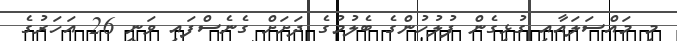
މި މައްސަލައާއި ގުޅިގެން ފުލުހުންގެ ބެލުމުގެ ދަށަށް ގެނެސްފައި ވަނީ 26 އަހަރުގެ